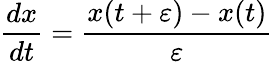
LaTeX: {\frac{dx}{dt}}={\frac{x(t+\varepsilon)-x(t)}{\varepsilon}}